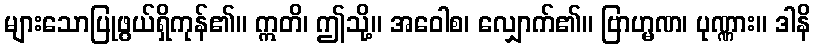
များသောပြုဖွယ်ရှိကုန်၏။ ဣတိ၊ ဤသို့။ အဝေါစ၊ လျှောက်၏။ ဗြာဟ္မဏ၊ ပုဏ္ဏား။ ဒါနိ